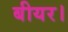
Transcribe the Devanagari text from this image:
बीयर।